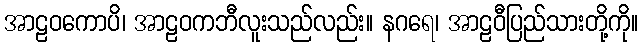
အာဠဝကောပိ၊ အာဠဝကဘီလူးသည်လည်း။ နဂရေ၊ အာဠဝီပြည်သားတို့ကို။